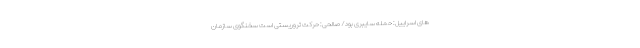
های اسراییل: حمله سایبری بود/ صالحی: حرکت تروریستی است سخنگوی سازمان